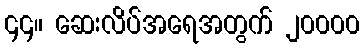
၄၄။ ဆေးလိပ်အရေအတွက် ၂၀၀၀၀